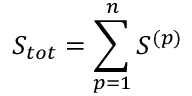
S _ { t o t } = \sum _ { p = 1 } ^ { n } S ^ { ( p ) }